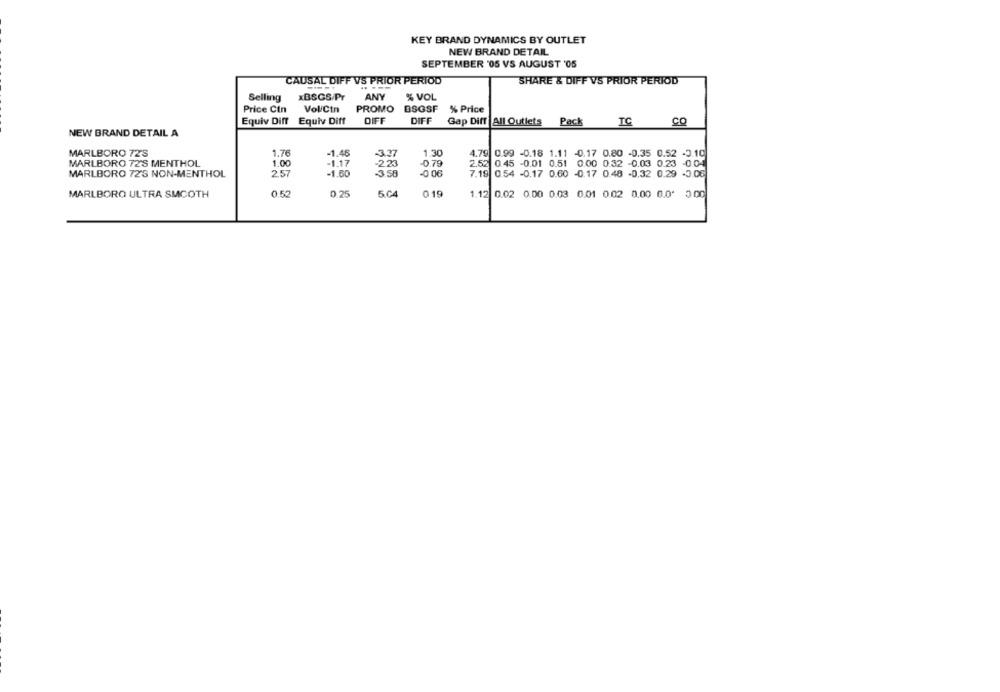
KEY BRAND DYNAMICS BY OUTLET
NEW BRAND DETAIL
SEPTEMBER '05 VS AUGUST '05
CAUSAL DIFF VS PRIOR PERIOD
SHARE & DIFF VS PRIOR PERIOD
..
Selling
xBSGS/Pr
ANY
% VOL
Price Cin
Vol/Ctn
PROMO DSGSF % Price
Equiv Diff Equiv Diff
DIFF
DIFF
Gap Diff All Outlets Pack
TC
CO
NEW BRAND DETAIL A
MARLBORO 72'S
1.76
-1.46
1.30
4.79 0.99 -0.18 1.11 -0.17 0.80 -0.35 0.52 -3.10
MARLBORO 72'S MENTHOL
1.00
-1.17
223
-0.79
2.52 0.45 -0.01 0.51 0.00 0.32 -0.03 0.23 -0.04
MARLBORO 72'S NON-MENTHOL
2.57
-1.60
-3 58
-0.06
7.19 0.54 -0.17 0.60 -0.17 0.48 -0.32 0.29 -3.06
MARLBORO ULTRA SMOOTH
0.52
0.25
5.04
019
1.12 0.02 0.00 0.03 0.01 0.02 0.00 0.0' 0 00